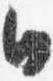
日